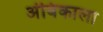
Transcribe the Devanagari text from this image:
अंबिकाला